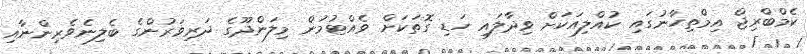
ކެމްބްރިޖް އިމްތިހާނުގައި ކުއްލިއަކަށް ވިދާލައި ހަޑި ގޮތަކަށް ވެއްޓުމުން މިލަންދޫގެ ދަރިވަރުންގެ ބެލިނެވެރިންނާއި